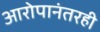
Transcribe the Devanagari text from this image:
आरोपानंतरही